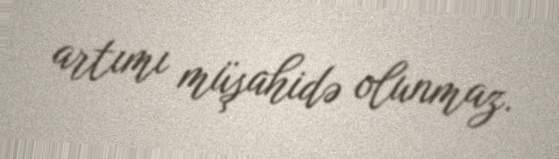
artımı müşahidə olunmaz.